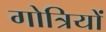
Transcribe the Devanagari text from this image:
गोत्रियों